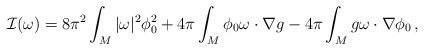
LaTeX: \begin{align*} \mathcal{I}(\omega) = 8\pi^{2}\int_{M}|\omega|^{2}\phi_{0}^{2}+4\pi\int_{M}\phi_{0}\omega\cdot\nabla g -4\pi\int_{M}g\omega\cdot\nabla\phi_{0} \,, \end{align*}